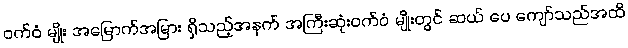
ဝက်ဝံ မျိုး အမြောက်အမြား ရှိသည့်အနက် အကြီးဆုံးဝက်ဝံ မျိုးတွင် ဆယ် ပေ ကျော်သည်အထိ